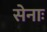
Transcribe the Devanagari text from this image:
सेनाः